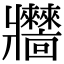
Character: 𤖧